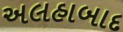
અલહાબાદ